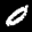
Label: 0